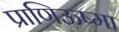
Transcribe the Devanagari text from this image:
प्राणिऊष्मा